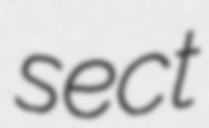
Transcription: sect